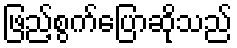
ဖြည့်စွက်ပြောဆိုသည်